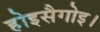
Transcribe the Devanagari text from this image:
होइसैगोइ।